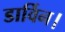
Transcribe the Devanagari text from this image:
डार्विन।